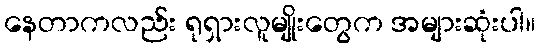
နေတာကလည်း ရုရှားလူမျိုးတွေက အများဆုံးပါ။